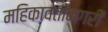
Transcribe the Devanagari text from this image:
महिकावतीनगरी